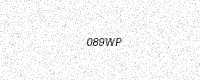
Text: 089WP